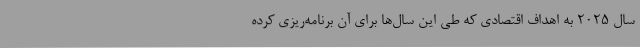
سال 2025 به اهداف اقتصادی که طی این سال‌ها برای آن برنامه‌ریزی کرده